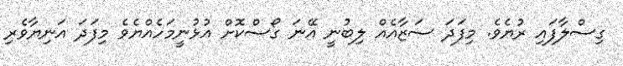
ގިސްލާފައި ރުޔެވެ. މިފަދަ ސަޒާއެއް ލިބުނީ އޭނަ ގޯސްކޮށް އުޅުނީމަހެއްޔެވެ މިފަދަ އަނިޔާވެރި